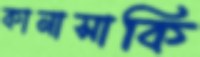
কানাসাকি